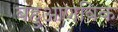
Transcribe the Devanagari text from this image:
बहुआणविक